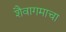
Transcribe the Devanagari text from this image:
शैवागमाचा